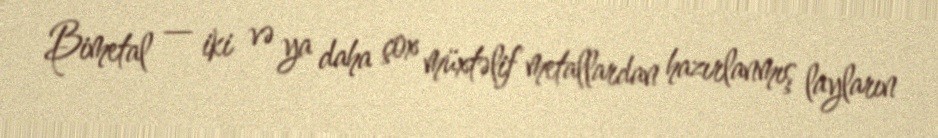
Bimetal — iki və ya daha çox müxtəlif metallardan hazırlanmış layların